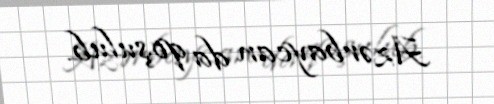
Azərbaycan da qoşulub.